Physiological action of certain drugs in tablet form - Number 52A
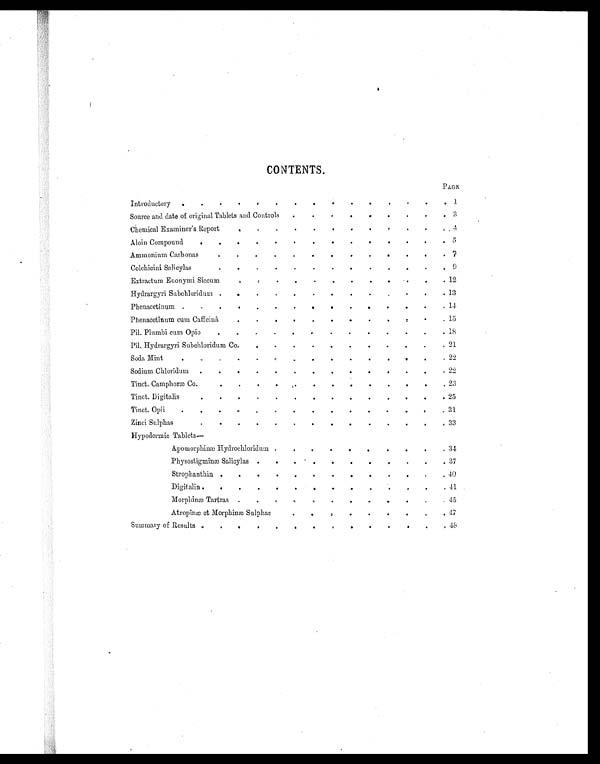
CONTENTS.
PAGE
Introductory
. . . . . . .
. . . . . .
. . 1
Source and date of original Tablets and Controls . . .
. .
. .
.
.
3
Chemical Examiner's Report
. . . . .
.
. . .
. .
.
4
Aloin Compound .
. . . . . . . . . . . . . 5
Ammonium Carbonas
. .
.
. .
. .
. .
.
. . . 7
Colchicini Salicylas
. .
.
. .
. .
.
. .
. . . 9
Extractum Euonymi Siccum .
.
. .
.
. . .
. .
. . 12
Hydrargyri Subchloridum . . . . .
. . . .
. . . . 13
Phenacetinum . . . . .
. . . . . . . . . . 1 4
Phenacetinum cum Caffeinâ . . . . . . . . .
. . . 15
Pil. Plumbi cum Opio
. . . . . . . .
. . . .
.
1 8
Pil. Hydrargyri Subchloridum Co.
. . . . . . . . . . . 21
Soda Mint .
.
.
. .
.
. . .
. .
. . 2 2
Sodium Chloridum . . .
.
. .
. .
. . . . .
.
2 2
Tinct. Camphoræ Co. .
. .
.
. .
. .
.
. . .
. . 23
Tinct. Digitalis
.
. .
.
. .
.
. . .
. .
. . 2 5
Tinct. Opii .
. . .
.
. .
.
. . .
. .
. . 3 1
Zinci Sulphas
.
. .
. . .
. . .
. . .
. . 33
Hypodermic Tablets
—
Apomorphinæ Hydrochloridum . . .
. .
. .
. . . 3 4
Physostigminæ Salicylas . . . . . .
.
. . . . 37
Strophanthin . . . . .
. .
. . . .
. . 40
Digitalin. . . . . .
. .
. . .
. . . 41
Morphinæ Tartras . . . .
. .
. .
. . . . 45
Atropinæ et Morphinæ Sulphas . .
.
.
. . .
.
. . 47
Summary of Results .
. .
. . . . . . .
. . .
.
4 8